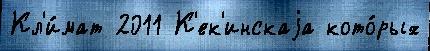
Кл'и́мат 2011 К'ек'инскаjа кото́рых